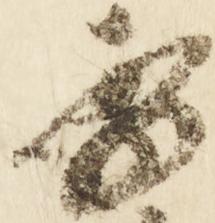
李